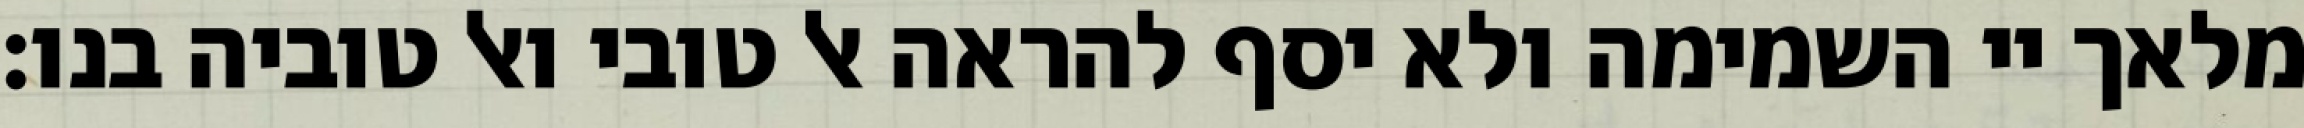
מלאך יי השמימה ולא יסף להראה אל טובי ואל טוביה בנו: